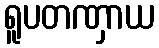
ရူပတဏှာယ